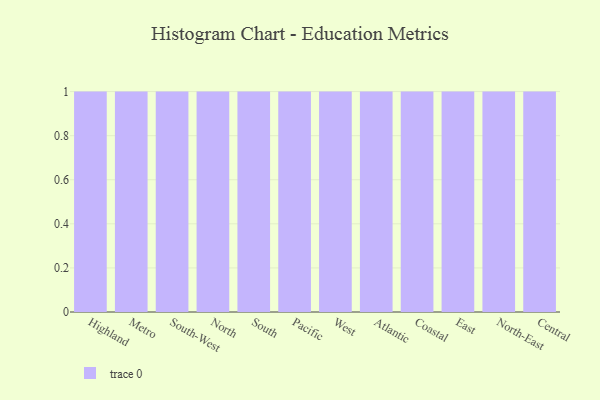
{"axis": {"x": "Region", "y": "Customer Acquisition Cost (USD)"}, "legend": [""], "data": [{"x": "Highland", "y": 43, "type": ""}, {"x": "Metro", "y": 92, "type": ""}, {"x": "South-West", "y": 77, "type": ""}, {"x": "North", "y": 39, "type": ""}, {"x": "South", "y": 90, "type": ""}, {"x": "Pacific", "y": 87, "type": ""}, {"x": "West", "y": 13, "type": ""}, {"x": "Atlantic", "y": 43, "type": ""}, {"x": "Coastal", "y": 40, "type": ""}, {"x": "East", "y": 37, "type": ""}, {"x": "North-East", "y": 31, "type": ""}, {"x": "Central", "y": 84, "type": ""}]}